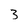
Character: 3